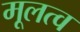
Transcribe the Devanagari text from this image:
मूलत्व